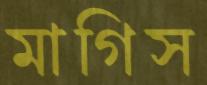
মাগিস